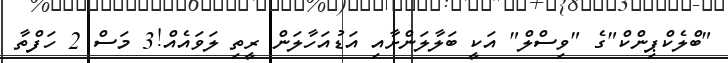
"ބްލެކްޕިންކް"ގެ "ވިސްލް" އަކީ ބަލާލަންށާއި އަޑުއަހާލަން ރީތި ލަވައެއް!3 މަސް 2 ހަފްތާ